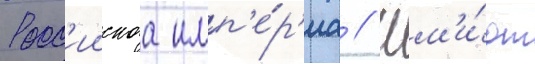
Росс'иискаа имп'е́р'иа // Шм'и́дт